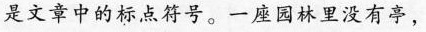
是文章中的标点符号。一座园林里没有亭，